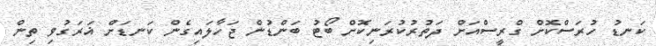
ކަނޑު ހުރަސްކޮށް ގްރީސްއަށް ދަތުރުކުރަނިކޮށް ބޯޓު ބަންޑުން ޖަހާލައިގެން ކަނޑަށް ޣަރަގުވި ތިން